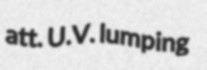
att. U.V. lumping